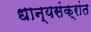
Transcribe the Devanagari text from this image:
धान्यसंक्रांत